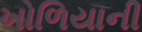
ખોળિયાની